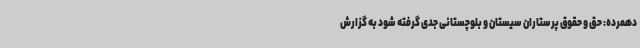
دهمرده: حق و حقوق پرستاران سیستان و بلوچستانی جدی گرفته شود به گزارش